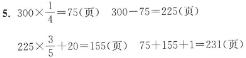
$5. \ 300\times\frac{1}{4}=75(页) \quad 300 - 75 = 225(页)$
$225\times\frac{3}{5}+20 = 155(页) \quad 75 + 155 = 231(页)$